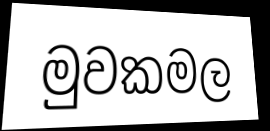
මුවකමල